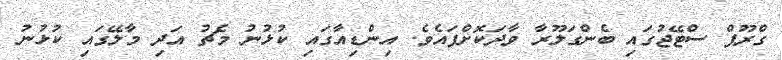
ގްރޫޕް ސްޓޭޖުގައި ބެންގަލޫރާ ވާދަކޮށްފައެވެ. އިންޑިއާގައި ކުޅުނު މެޗު އަދި މާލޭގައި ކުޅުނު